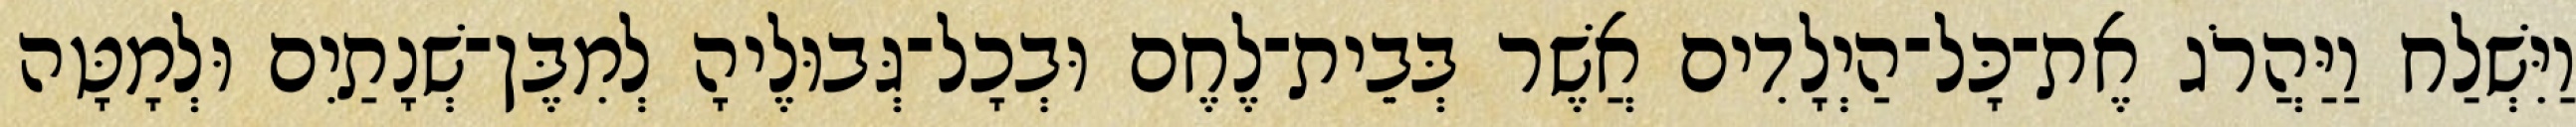
וַיִּשְׁלַח וַיַּהֲרֹג אֶת־כָּל־הַיְלָדִים אֲשֶׁר בְּבֵית־לֶחֶם וּבְכָל־גְּבוּלֶיהָ לְמִבֶּן־שְׁנָתַיִם וּלְמָטָּה